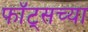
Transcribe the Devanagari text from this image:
फॉट्सच्या